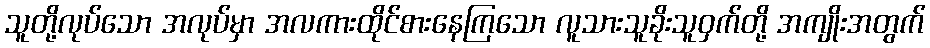
သူတို့လုပ်သော အလုပ်မှာ အလကားထိုင်စားနေကြသော လူသားသူခိုးသူဝှက်တို့ အကျိုးအတွက်